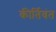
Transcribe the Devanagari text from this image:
कीर्तिवंत